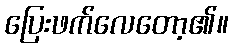
ပြေးဖက်လေတော့၏။